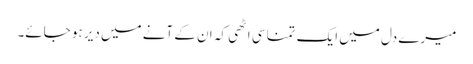
میرے دل میں ایک تمنا سی اٹھی کہ ان کے آنے میں دیر ہو جائے۔